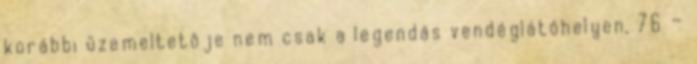
korábbi üzemeltetôje nem csak a legendás vendéglátóhelyen, 76 —